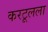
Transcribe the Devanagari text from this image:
करटूलला